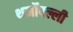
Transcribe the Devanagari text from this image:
थर्मोपल्ली